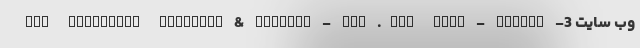
وب سایت 3- Web Developer FrontEnd & BackEnd - Asp .net core - CSharp